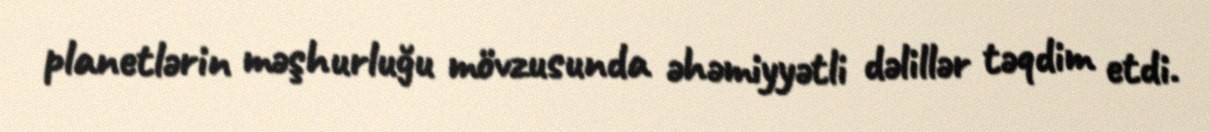
planetlərin məşhurluğu mövzusunda əhəmiyyətli dəlillər təqdim etdi.